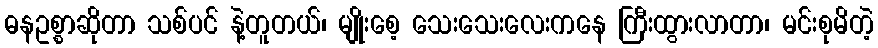
ဓနဥစ္စာဆိုတာ သစ်ပင် နဲ့တူတယ်၊ မျိုးစေ့ သေးသေးလေးကနေ ကြီးထွားလာတာ၊ မင်းစုမိတဲ့